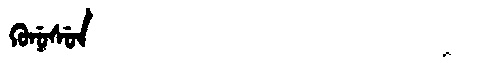
Manchu: ᡴᡠᠨᡠᠰᡠᠨ
Romanization: KUNUSUN